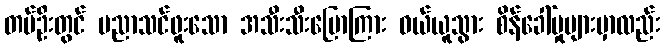
တပ်ဦးတွင် ပညာသင်ဖူးသော အသီးသီးပြောကြား ဝယ်ယူသွား စိန်ခေါ်မှုများမှာလည်း